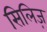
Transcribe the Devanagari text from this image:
सिलिज़